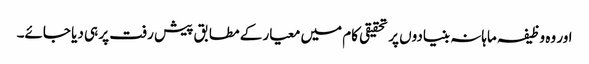
اور وہ وظیفہ ماہانہ بنیادوں پر تحقیقی کام میں معیار کے مطابق پیش رفت پر ہی دیا جائے۔